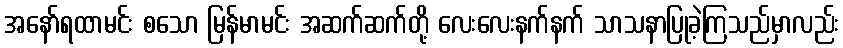
အနော်ရထာမင်း စသော မြန်မာမင်း အဆက်ဆက်တို့ လေးလေးနက်နက် သာသနာပြုခဲ့ကြသည်မှာလည်း